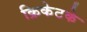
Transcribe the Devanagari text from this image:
क्रिकेटके